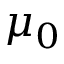
\mu _ { 0 }